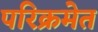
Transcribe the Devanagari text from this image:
परिक्रमेत